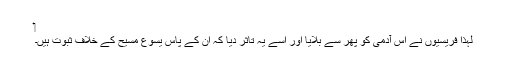
‏
لہٰذا فریسیوں نے اُس آدمی کو پھر سے بلایا اور اُسے یہ تاثر دیا کہ اُن کے پاس یسوع مسیح کے خلاف ثبوت ہیں۔